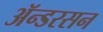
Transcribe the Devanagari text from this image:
ॲन्डरसन